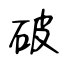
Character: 破